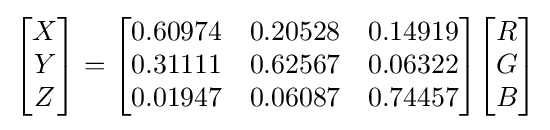
{\begin{bmatrix}X\\Y\\Z\end{bmatrix}}={\begin{bmatrix}0.60974&0.20528&0.14919\\0.31111&0.62567&0.06322\\0.01947&0.06087&0.74457\end{bmatrix}}{\begin{bmatrix}R\\G\\B\end{bmatrix}}